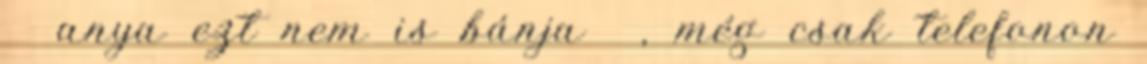
anya ezt nem is bánja , még csak telefonon